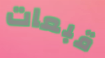
قبعات